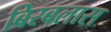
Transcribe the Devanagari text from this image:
बिरबलास